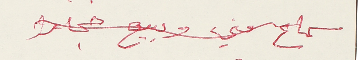
سماع مني وبيع حجار